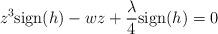
LaTeX: \begin{align*}z^3\textrm{sign}(h)-wz+\frac{\lambda}{4}\textrm{sign}(h)=0\end{align*}